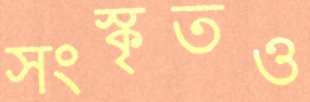
সংস্কৃতও